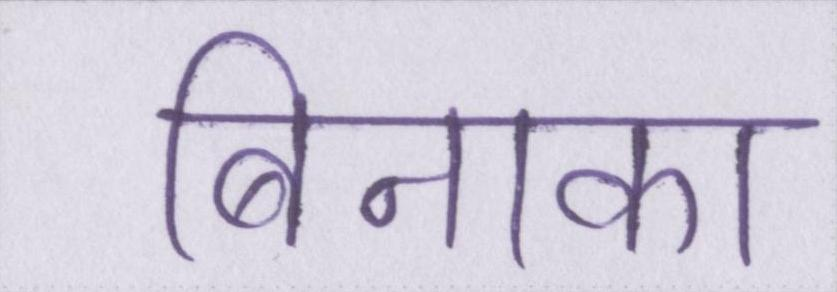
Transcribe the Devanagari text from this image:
बिनाका